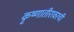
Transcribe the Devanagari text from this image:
कृष्णातीरावरची